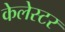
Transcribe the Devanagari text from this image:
केलेस्टर